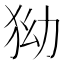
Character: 狕